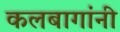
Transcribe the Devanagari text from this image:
कलबागांनी